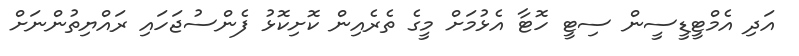
އަދި އެމްޓީޑީސީން ސިޓީ ހޮޓާ އެޅުމަށް މީގެ ތެރެއިން ކޮށިކޮޅު ފެންސުޖަހައި ރައްޔިތުންނަށް